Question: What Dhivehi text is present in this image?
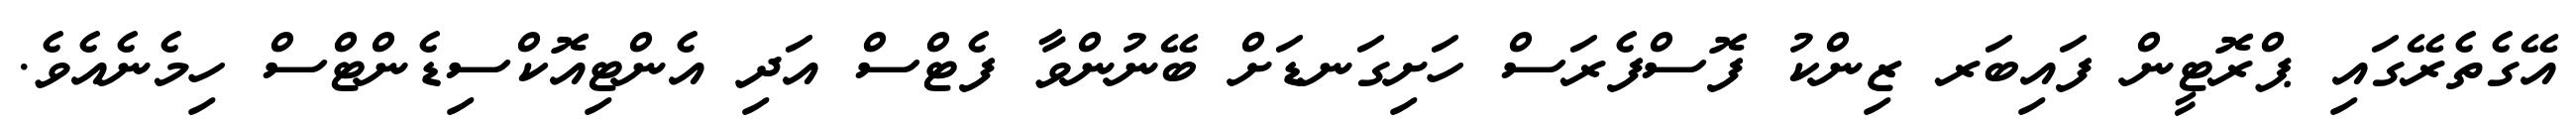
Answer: އޭގެތެރޭގައި ޕްރޮޓީން ފައިބަރ ޒިންކު ފޮސްފެރަސް ހަށިގަނޑަށް ބޭނުންވާ ފެޓްސް އަދި އެންޓިއޮކްސިޑެންޓްސް ހިމެނެއެވެ.